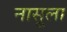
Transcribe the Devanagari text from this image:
नासूला